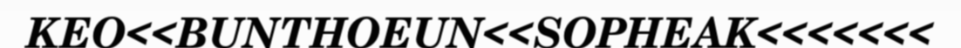
KEO<<BUNTHOEUN<<SOPHEAK<<<<<<<